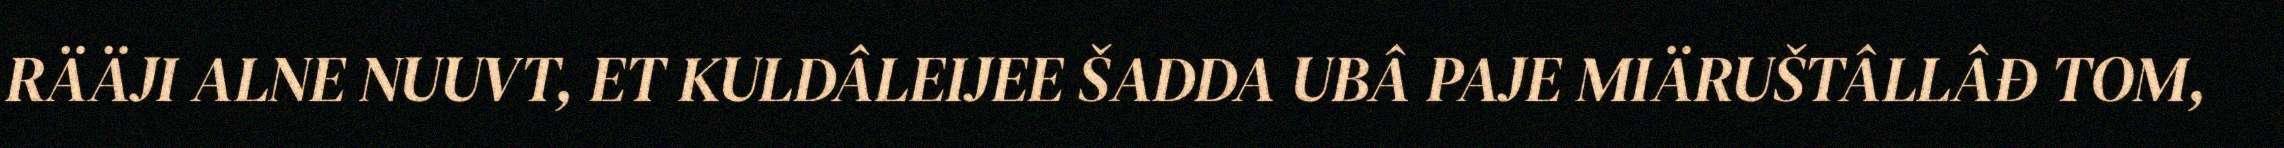
RÄÄJI ALNE NUUVT, ET KULDÂLEIJEE ŠADDA UBÂ PAJE MIÄRUŠTÂLLÂĐ TOM,